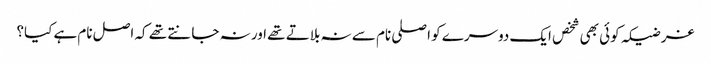
غرضیکہ کوئی بھی شخص ایک دوسرے کو اصلی نام سے نہ بلاتے تھے اور نہ جانتے تھے کہ اصل نام ہے کیا؟